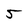
Character: 5